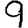
Digit: 9